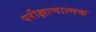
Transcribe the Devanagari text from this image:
परीक्षाणात्मक